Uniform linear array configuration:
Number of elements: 64
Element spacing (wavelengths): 0.75
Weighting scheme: blackman
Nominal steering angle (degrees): -30
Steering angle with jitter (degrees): -30.232
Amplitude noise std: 0.05
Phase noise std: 0.05

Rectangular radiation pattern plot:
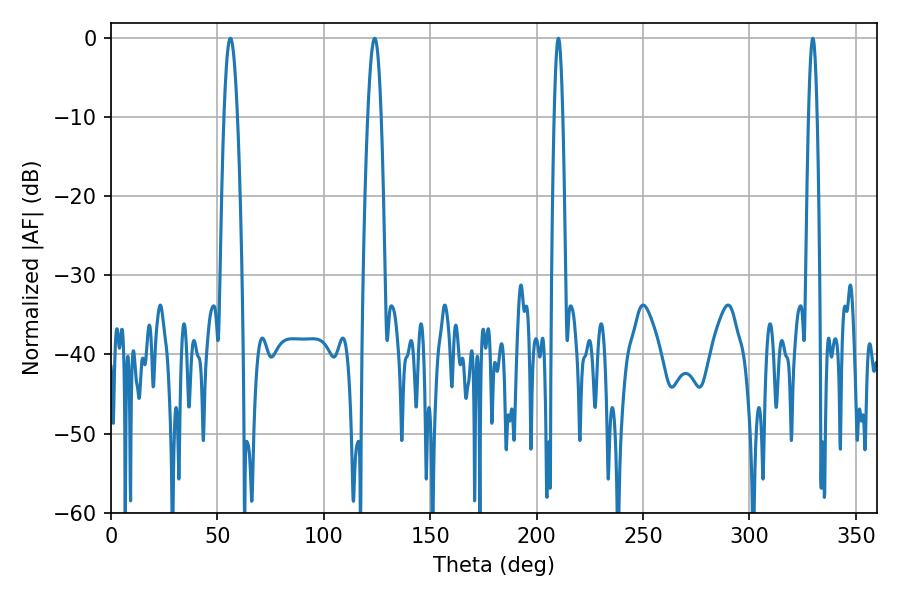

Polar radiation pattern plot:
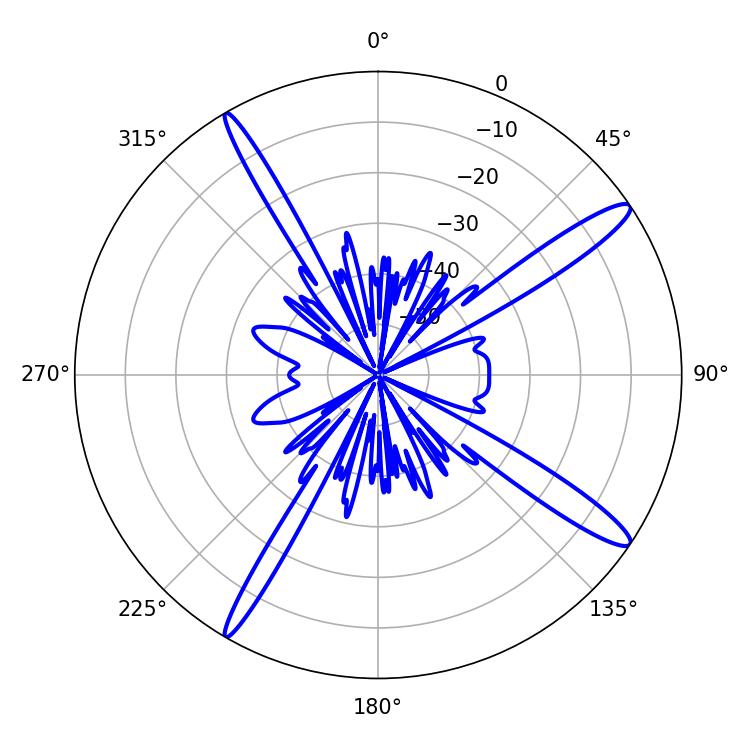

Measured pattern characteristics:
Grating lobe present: TRUE
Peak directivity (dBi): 14.777
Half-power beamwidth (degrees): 2.16
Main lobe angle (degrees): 210.24